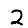
Digit: 2